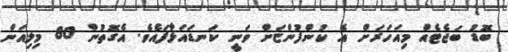
ބޮޑު ބަޖެޓެއް މިއަހަރަށް އެ ކުންފުންޏަށް ވަނީ ކަނޑައަޅާފައެވެ. އެގޮތުން 80 މިލިއަން